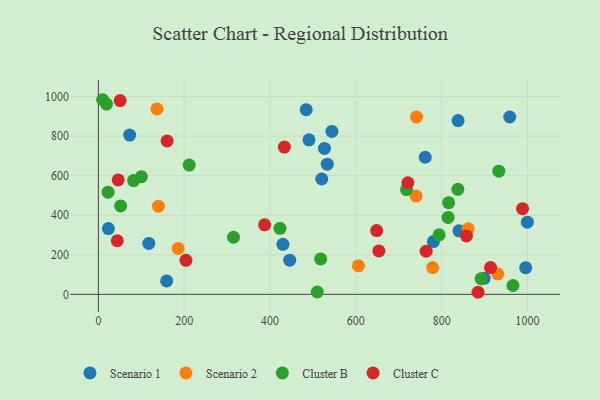
{"axis": {"x": "Distance", "y": "Salary"}, "legend": ["Cluster B", "Cluster C", "Scenario 1", "Scenario 2"], "data": [{"x": "117.5", "y": 257.4, "type": "Scenario 1"}, {"x": "958.6", "y": 896.5, "type": "Scenario 1"}, {"x": "72.8", "y": 805.1, "type": "Scenario 1"}, {"x": "898.9", "y": 81.1, "type": "Scenario 1"}, {"x": "430.1", "y": 253.0, "type": "Scenario 1"}, {"x": "445.9", "y": 172.6, "type": "Scenario 1"}, {"x": "780.7", "y": 266.8, "type": "Scenario 1"}, {"x": "995.8", "y": 134.8, "type": "Scenario 1"}, {"x": "520.6", "y": 583.0, "type": "Scenario 1"}, {"x": "490.8", "y": 781.2, "type": "Scenario 1"}, {"x": "533.4", "y": 657.8, "type": "Scenario 1"}, {"x": "526.8", "y": 737.4, "type": "Scenario 1"}, {"x": "999.7", "y": 364.9, "type": "Scenario 1"}, {"x": "838.2", "y": 878.4, "type": "Scenario 1"}, {"x": "159.1", "y": 67.8, "type": "Scenario 1"}, {"x": "840.2", "y": 321.1, "type": "Scenario 1"}, {"x": "23.3", "y": 332.3, "type": "Scenario 1"}, {"x": "484.3", "y": 933.4, "type": "Scenario 1"}, {"x": "761.6", "y": 693.1, "type": "Scenario 1"}, {"x": "544.2", "y": 823.3, "type": "Scenario 1"}, {"x": "136.4", "y": 937.3, "type": "Scenario 2"}, {"x": "740.4", "y": 496.6, "type": "Scenario 2"}, {"x": "185.9", "y": 232.0, "type": "Scenario 2"}, {"x": "139.8", "y": 445.7, "type": "Scenario 2"}, {"x": "930.8", "y": 103.0, "type": "Scenario 2"}, {"x": "778.9", "y": 135.5, "type": "Scenario 2"}, {"x": "861.8", "y": 331.0, "type": "Scenario 2"}, {"x": "741.3", "y": 896.1, "type": "Scenario 2"}, {"x": "606.0", "y": 144.0, "type": "Scenario 2"}, {"x": "100.2", "y": 594.8, "type": "Cluster B"}, {"x": "314.9", "y": 288.5, "type": "Cluster B"}, {"x": "794.0", "y": 300.6, "type": "Cluster B"}, {"x": "815.0", "y": 389.0, "type": "Cluster B"}, {"x": "510.1", "y": 11.7, "type": "Cluster B"}, {"x": "933.1", "y": 622.8, "type": "Cluster B"}, {"x": "423.1", "y": 333.6, "type": "Cluster B"}, {"x": "82.0", "y": 575.2, "type": "Cluster B"}, {"x": "211.6", "y": 653.3, "type": "Cluster B"}, {"x": "891.8", "y": 79.4, "type": "Cluster B"}, {"x": "518.0", "y": 179.0, "type": "Cluster B"}, {"x": "51.9", "y": 446.7, "type": "Cluster B"}, {"x": "9.9", "y": 983.8, "type": "Cluster B"}, {"x": "19.0", "y": 961.7, "type": "Cluster B"}, {"x": "718.0", "y": 529.4, "type": "Cluster B"}, {"x": "966.1", "y": 44.7, "type": "Cluster B"}, {"x": "816.2", "y": 463.5, "type": "Cluster B"}, {"x": "22.5", "y": 516.4, "type": "Cluster B"}, {"x": "837.7", "y": 531.0, "type": "Cluster B"}, {"x": "433.5", "y": 744.4, "type": "Cluster C"}, {"x": "387.4", "y": 351.3, "type": "Cluster C"}, {"x": "763.9", "y": 218.1, "type": "Cluster C"}, {"x": "50.7", "y": 979.3, "type": "Cluster C"}, {"x": "857.7", "y": 295.5, "type": "Cluster C"}, {"x": "653.6", "y": 219.5, "type": "Cluster C"}, {"x": "648.5", "y": 322.3, "type": "Cluster C"}, {"x": "160.1", "y": 775.4, "type": "Cluster C"}, {"x": "721.2", "y": 563.8, "type": "Cluster C"}, {"x": "46.2", "y": 578.3, "type": "Cluster C"}, {"x": "44.0", "y": 270.8, "type": "Cluster C"}, {"x": "884.7", "y": 10.4, "type": "Cluster C"}, {"x": "913.9", "y": 135.4, "type": "Cluster C"}, {"x": "988.4", "y": 432.9, "type": "Cluster C"}, {"x": "204.1", "y": 171.7, "type": "Cluster C"}]}